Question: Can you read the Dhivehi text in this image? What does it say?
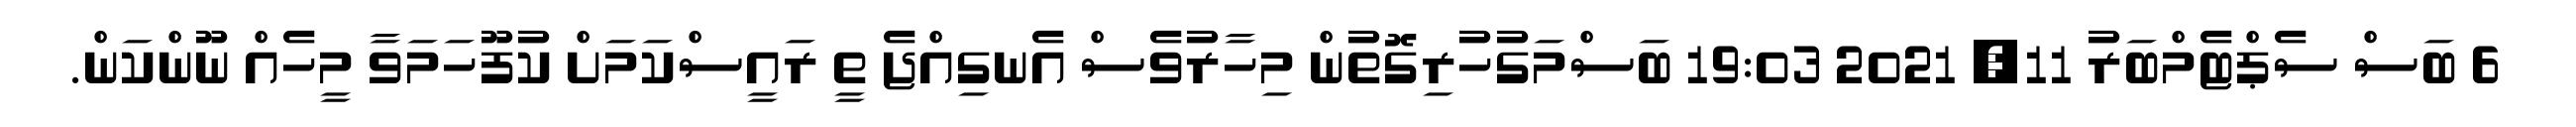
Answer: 6 ބަސް ސެޕްޓެމްބަރު 11, 2021 19:03 ބަސްމަގުހުރިގޮތުން މިހާރުވެސް އެނގިއްޖެ ތީ ރައީސްކަމަށް ކުފޫހަމަވާ މީހެއް ނޫންކަން.